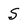
Character: S